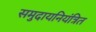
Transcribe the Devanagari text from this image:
समुदायनियंत्रित